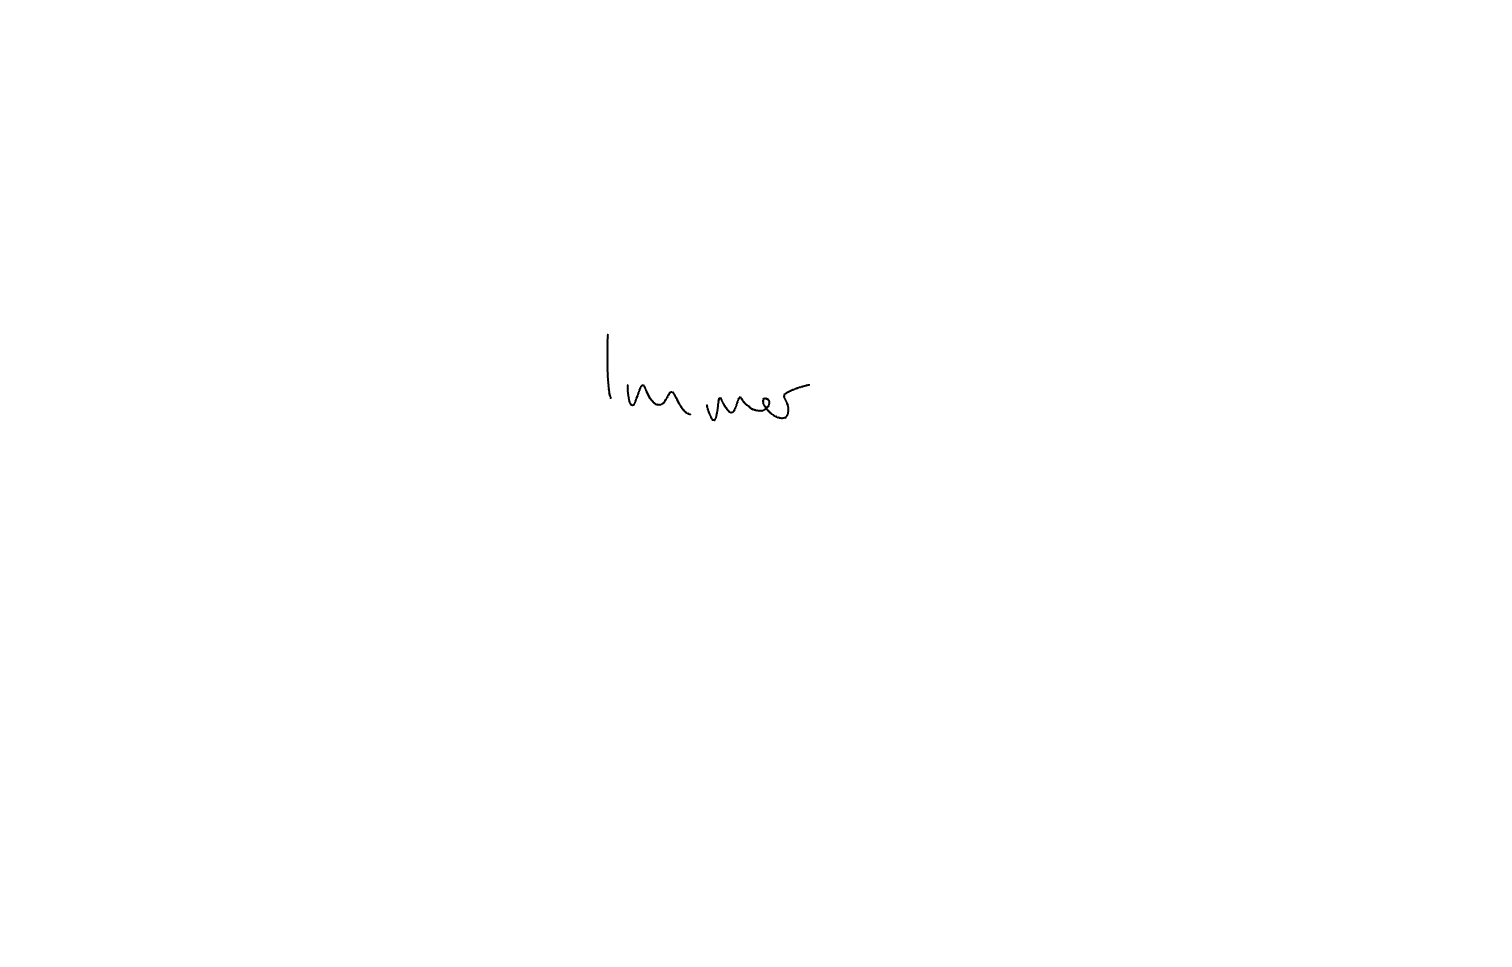
Text: Immer